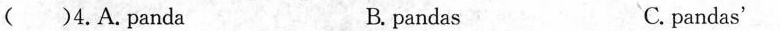
( )4.A.Panda B. pandas C. pandas'